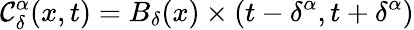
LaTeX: \mathcal{C}_{\delta}^{\alpha}(x,t)=B_{\delta}(x)\times(t-\delta^{\alpha},t+\delta^{\alpha})